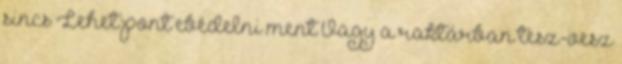
sincs Lehet pont ebédelni ment Vagy a raktárban tesz-vesz